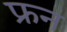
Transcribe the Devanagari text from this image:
फ्रन